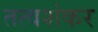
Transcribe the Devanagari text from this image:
तत्वशंकर